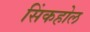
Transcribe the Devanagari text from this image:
सिंकहोल